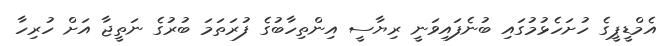
އެމްޑީޕީގެ ހުށަހެޅުމުގައި ބުނެފައިވަނީ ރިޔާސީ އިންތިހާބުގެ ފުރަތަމަ ބުރުގެ ނަތީޖާ އަށް ހުރިހާ